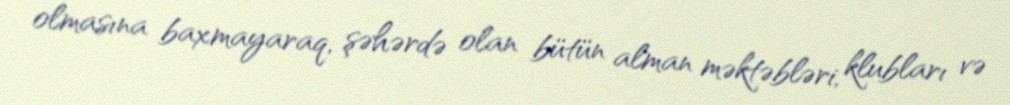
olmasına baxmayaraq, şəhərdə olan bütün alman məktəbləri, klubları və